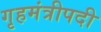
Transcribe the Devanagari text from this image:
गृहमंत्रीपदी